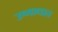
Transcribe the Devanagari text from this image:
उष्माधात